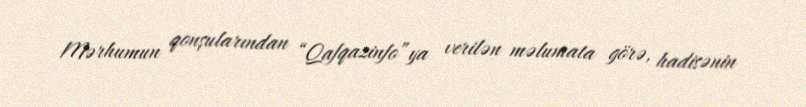
Mərhumun qonşularından “Qafqazinfo”ya verilən məlumata görə, hadisənin